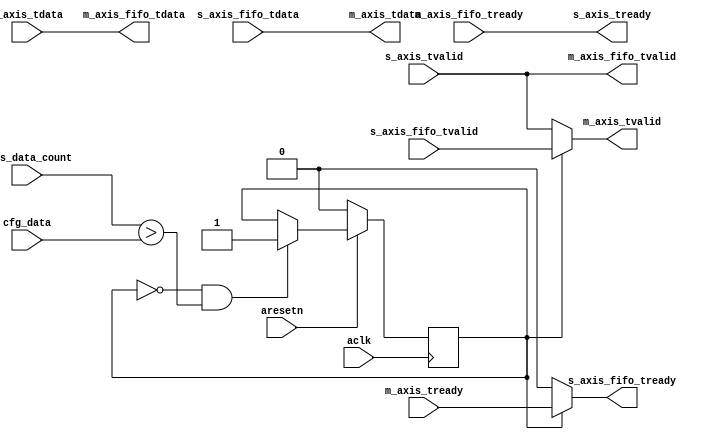
module axis_delay #
(
  parameter integer AXIS_TDATA_WIDTH = 32,
  parameter integer CNTR_WIDTH = 32
)
(
  input  wire                        aclk,
  input  wire                        aresetn,
  input  wire [CNTR_WIDTH-1:0]       cfg_data,
  input  wire [CNTR_WIDTH-1:0]       axis_data_count,  
  output wire                        s_axis_tready,
  input  wire [AXIS_TDATA_WIDTH-1:0] s_axis_tdata,
  input  wire                        s_axis_tvalid,
  input  wire                        m_axis_tready,
  output wire [AXIS_TDATA_WIDTH-1:0] m_axis_tdata,
  output wire                        m_axis_tvalid,
  output wire                        s_axis_fifo_tready,
  input  wire [AXIS_TDATA_WIDTH-1:0] s_axis_fifo_tdata,
  input  wire                        s_axis_fifo_tvalid,
  input  wire                        m_axis_fifo_tready,
  output wire [AXIS_TDATA_WIDTH-1:0] m_axis_fifo_tdata,
  output wire                        m_axis_fifo_tvalid
);
  reg int_enbl_reg, int_enbl_next;
  wire int_comp_wire;
  assign int_comp_wire = axis_data_count > cfg_data;
  always @(posedge aclk)
  begin
    if(~aresetn)
    begin
      int_enbl_reg <= 1'b0;
    end
    else
    begin
      int_enbl_reg <= int_enbl_next;
    end
  end
  always @*
  begin
    int_enbl_next = int_enbl_reg;
    if( ~int_enbl_reg & int_comp_wire)
    begin
       int_enbl_next = 1'b1;
    end
  end
  assign m_axis_fifo_tvalid = s_axis_tvalid;
  assign s_axis_tready = m_axis_fifo_tready;
  assign m_axis_tvalid = int_enbl_reg ? s_axis_fifo_tvalid : s_axis_tvalid;
  assign s_axis_fifo_tready = int_enbl_reg ? m_axis_tready : 1'b0;
  assign m_axis_fifo_tdata=s_axis_tdata;
  assign m_axis_tdata=s_axis_fifo_tdata;
endmodule